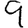
Digit: 9